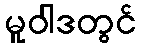
မူဝါဒတွင်